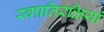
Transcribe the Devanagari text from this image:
स्वप्रतिरक्षियां